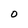
Character: 0